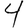
Digit: 4